Report on sanitation, dispensaries, and jails in Rajputana for 1915, and on vaccination for the year 1915-1916 - 1915-1916
Year: 1915
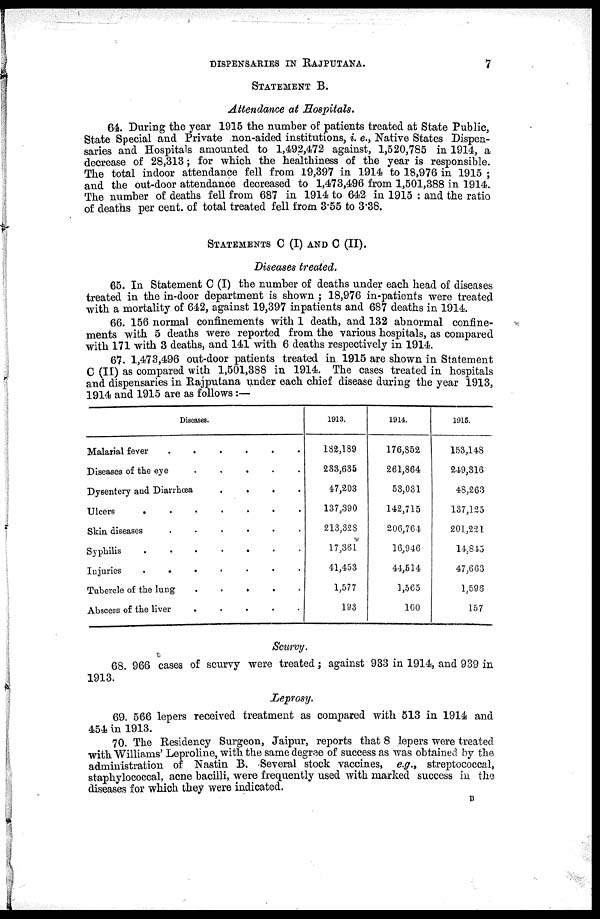
DISPENSARIES IN RAJPUTANA.
7
STATEMENT B.
Attendance at Hospitals.
64. During the year 1915 the number of patients treated at State Public,
State Special and Private non-aided institutions, i. e., Native States Dispen-
saries and Hospitals amounted to 1,492,472 against, 1,520,785 in 1914, a
decrease of 28,313; for which the healthiness of the year is responsible.
The total indoor attendance fell from 19,397 in 1914 to 18,976 in 1915 ;
and the out-door attendance decreased to 1,473,496 from 1,501,388 in 1914.
The number of deaths fell from 687 in 1914 to 642 in 1915 : and the ratio
of deaths per cent. of total treated fell from 3.55 to 3.38.
STATEMENTS C (I) AND C (II).
Diseases treated.
65. In Statement C (I) the number of deaths under each head of diseases
treated in the in-door department is shown ; 18,976 in-patients were treated
with a mortality of 642, against 19,397 inpatients and 687 deaths in 1914.
66. 156 normal confinements with 1 death, and 132 abnormal confine-
ments with 5 deaths were reported from the various hospitals, as compared
with 171 with 3 deaths, and 141 with 6 deaths respectively in 1914.
67. 1,473,496 out-door patients treated in 1915 are shown in Statement
C (II) as compared with 1,501,388 in 1914. The cases treated in hospitals
and dispensaries in Rajputana under each chief disease during the year 1913,
1914 and 1915 are as follows :—
Diseases.
Malarial fever
.
.
.
.
.
.
Diseases of the eye
.
.
.
.
.
Dysentery and Diarrhœa
.
.
.
.
Ulcers
.
.
.
.
.
.
.
Skin diseases
.
.
.
.
.
.
Syphilis
.
.
.
.
.
.
.
Injuries
.
.
.
.
.
.
.
Tubercle of the lung . . . . .
Abscess of the liver
.
.
.
.
.
1913.
182,189
233,635
47,203
137,390
213,328
17,361
41,453
1,577
193
1914.
176,852
261,864
53,031
142,715
206,764
16,946
44,514
1,565
100
1915.
153,148
249,316
48,263
137,125
201,221
14,845
47,663
1,596
157
Scurvy.
68. 966 cases of scurvy were treated; against 933 in 1914, and 939 in
1913.
Leprosy.
69. 566 lepers received treatment as compared with 513 in 1914 and
454 in 1913.
70. The Residency Surgeon, Jaipur, reports that 8 lepers were treated
with Williams' Leproline, with the same degree of success as was obtained by the
administration of Nastin B. Several stock vaccines, e.g., streptococcal,
staphylococcal, acne bacilli, were frequently used with marked success in the
diseases for which they were indicated.
B